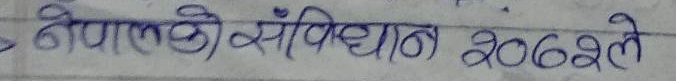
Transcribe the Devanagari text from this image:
नेपालको संविधान २०६२ ले